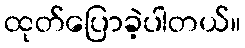
ထုတ်ပြောခဲ့ပါတယ်။